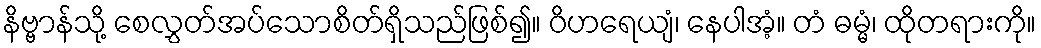
နိဗ္ဗာန်သို့ စေလွှတ်အပ်သောစိတ်ရှိသည်ဖြစ်၍။ ဝိဟရေယျံ၊ နေပါအံ့။ တံ ဓမ္မံ၊ ထိုတရားကို။